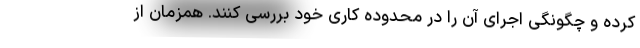
کرده و چگونگی اجرای آن را در محدوده کاری خود بررسی کنند. همزمان از